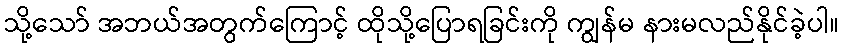
သို့သော် အဘယ်အတွက်ကြောင့် ထိုသို့ပြောရခြင်းကို ကျွန်မ နားမလည်နိုင်ခဲ့ပါ။